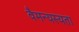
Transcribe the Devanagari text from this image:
वैमन्यस्यता